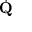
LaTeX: \dot { \mathbf { Q } }